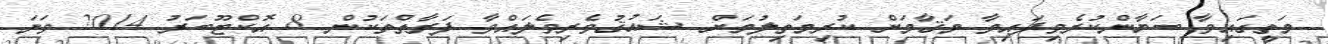
މަތީގައިވާ ބަޔާންކުރެވިފައިވާ މަޤާމަށް ކުރިމަތިލުމަށް ޝައުޤުވެރިވެލައްވާ ފަރާތްތަކުން 8 އޮކްޓޫބަރު 2014 ވަނަ